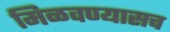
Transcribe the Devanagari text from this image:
मिळवण्यासच